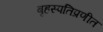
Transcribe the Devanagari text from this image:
बृहस्पतिप्रणीत